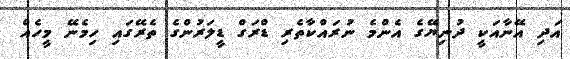
އަދި އޭނާއަކީ ދުނިޔޭގެ އެންމެ ނުރައްކާތެރި ޑްރަގް ޑީލަރުންގެ ތެރޭގައި ހިމެނޭ މީހެއް